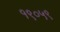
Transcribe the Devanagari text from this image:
१९०५९